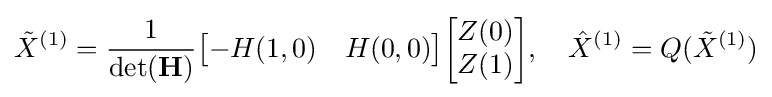
{\tilde {X}}^{(1)}={\frac {1}{\det(\mathbf {H} )}}{\begin{bmatrix}-H(1,0)&H(0,0)\end{bmatrix}}{\begin{bmatrix}Z(0)\\Z(1)\end{bmatrix}},\quad {\hat {X}}^{(1)}=Q({\tilde {X}}^{(1)})